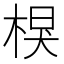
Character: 𣔑